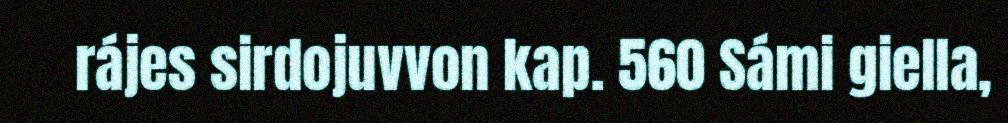
rájes sirdojuvvon kap. 560 Sámi giella,